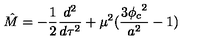
\hat { M } = - \frac { 1 } { 2 } \frac { d ^ { 2 } } { d \tau ^ { 2 } } + \mu ^ { 2 } ( \frac { 3 { \phi _ { c } } ^ { 2 } } { a ^ { 2 } } - 1 )